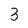
Character: 3